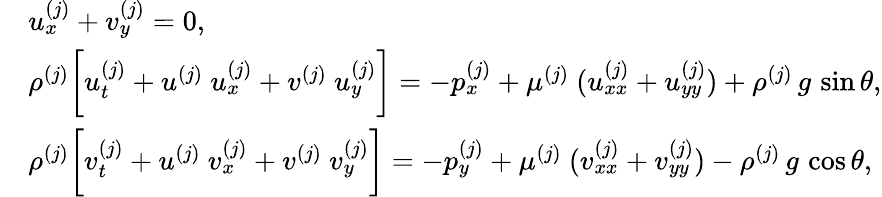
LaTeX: \begin{array}{rl}&{u_{x}^{(j)}+v_{y}^{(j)}=0,}\\ &{\rho^{(j)}\bigg[u_{t}^{(j)}+u^{(j)}~u_{x}^{(j)}+v^{(j)}~u_{y}^{(j)}\bigg]=-p_{x}^{(j)}+\mu^{(j)}~(u_{xx}^{(j)}+u_{yy}^{(j)})+\rho^{(j)}\, g\, \sin{\theta},}\\ &{\rho^{(j)}\bigg[v_{t}^{(j)}+u^{(j)}~v_{x}^{(j)}+v^{(j)}~v_{y}^{(j)}\bigg]=-p_{y}^{(j)}+\mu^{(j)}~(v_{xx}^{(j)}+v_{yy}^{(j)})-\rho^{(j)}\, g\, \cos{\theta},}\end{array}